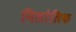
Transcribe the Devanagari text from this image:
निलोतिक